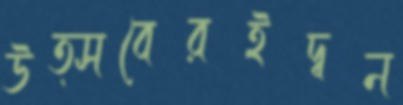
উত্সবেরইদ্বন